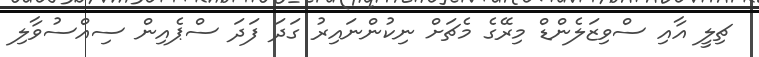
ޗިލީ އާއި ސްވިޒަލެންޑް މިރޭގެ މެޗަށް ނިކުންނައިރު ގަދަ ފަދަ ސްޕެއިން ސިއްސުވާލި